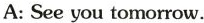
A: See you tomorrow.